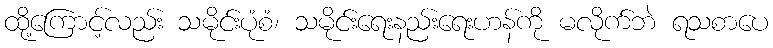
ထို့ကြောင့်လည်း သမိုင်းပုံစံ၊ သမိုင်းရေးနည်းရေးဟန်ကို မလိုက်ဘဲ ရသစာပေ